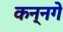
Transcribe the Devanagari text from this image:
कन्नगे